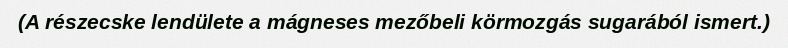
(A részecske lendülete a mágneses mezőbeli körmozgás sugarából ismert.)